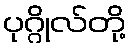
ပုဂ္ဂိုလ်တို့